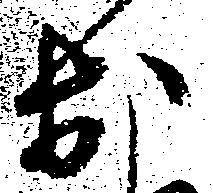
於